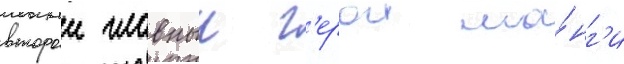
второи главныи г'ерои ма́нг'и